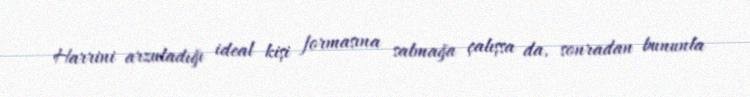
Harrini arzuladığı ideal kişi formasına salmağa çalışsa da, sonradan bununla